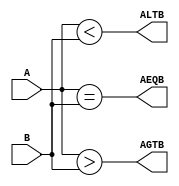
`timescale 1ns / 1ps
//////////////////////////////////////////////////////////////////////////////////
// Company: 
// Engineer: 
// 
// Design Name: 
// Module Name: comparator_dataflow
// Project Name: 
// Target Devices: 
// Tool Versions: 
// Description: 
// 
// Dependencies: 
// 
// Revision:
// Revision 0.01 - File Created
// Additional Comments:
// 
//////////////////////////////////////////////////////////////////////////////////


module comparator_dataflow(
    input [3:0] A,
    input [3:0] B,
    output ALTB,
    output AEQB,
    output AGTB
    );
    assign AEQB = (A==B);
    assign ALTB = (A<B);
    assign AGTB = (A>B);
endmodule